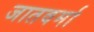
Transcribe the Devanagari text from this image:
जातवर्मा